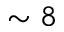
\sim 8